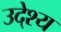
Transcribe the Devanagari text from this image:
उदे्श्य